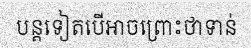
បន្តទៀតបើអាចព្រោះថាទាន់